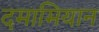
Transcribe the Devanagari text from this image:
दमामियान